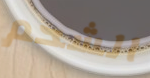
الشحم